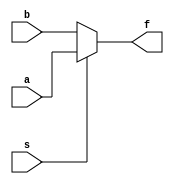
module mux1 (a,b,s,f);
	input a,b,s;
	output f;
	assign f = s ? a : b;
endmodule